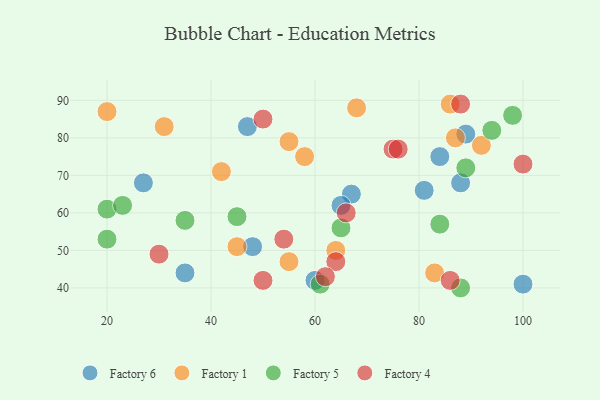
{"axis": {"x": "GDP", "y": "Life Expectancy"}, "legend": ["Factory 1", "Factory 4", "Factory 5", "Factory 6"], "data": [{"x": "67", "y": 65, "type": "Factory 6"}, {"x": "100", "y": 41, "type": "Factory 6"}, {"x": "81", "y": 66, "type": "Factory 6"}, {"x": "84", "y": 75, "type": "Factory 6"}, {"x": "88", "y": 68, "type": "Factory 6"}, {"x": "89", "y": 81, "type": "Factory 6"}, {"x": "47", "y": 83, "type": "Factory 6"}, {"x": "48", "y": 51, "type": "Factory 6"}, {"x": "60", "y": 42, "type": "Factory 6"}, {"x": "65", "y": 62, "type": "Factory 6"}, {"x": "27", "y": 68, "type": "Factory 6"}, {"x": "35", "y": 44, "type": "Factory 6"}, {"x": "58", "y": 75, "type": "Factory 1"}, {"x": "64", "y": 50, "type": "Factory 1"}, {"x": "31", "y": 83, "type": "Factory 1"}, {"x": "68", "y": 88, "type": "Factory 1"}, {"x": "87", "y": 80, "type": "Factory 1"}, {"x": "55", "y": 47, "type": "Factory 1"}, {"x": "45", "y": 51, "type": "Factory 1"}, {"x": "92", "y": 78, "type": "Factory 1"}, {"x": "55", "y": 79, "type": "Factory 1"}, {"x": "42", "y": 71, "type": "Factory 1"}, {"x": "86", "y": 89, "type": "Factory 1"}, {"x": "20", "y": 87, "type": "Factory 1"}, {"x": "83", "y": 44, "type": "Factory 1"}, {"x": "94", "y": 82, "type": "Factory 5"}, {"x": "61", "y": 41, "type": "Factory 5"}, {"x": "45", "y": 59, "type": "Factory 5"}, {"x": "88", "y": 40, "type": "Factory 5"}, {"x": "98", "y": 86, "type": "Factory 5"}, {"x": "20", "y": 61, "type": "Factory 5"}, {"x": "20", "y": 53, "type": "Factory 5"}, {"x": "23", "y": 62, "type": "Factory 5"}, {"x": "35", "y": 58, "type": "Factory 5"}, {"x": "65", "y": 56, "type": "Factory 5"}, {"x": "84", "y": 57, "type": "Factory 5"}, {"x": "89", "y": 72, "type": "Factory 5"}, {"x": "50", "y": 42, "type": "Factory 4"}, {"x": "50", "y": 85, "type": "Factory 4"}, {"x": "64", "y": 47, "type": "Factory 4"}, {"x": "54", "y": 53, "type": "Factory 4"}, {"x": "62", "y": 43, "type": "Factory 4"}, {"x": "66", "y": 60, "type": "Factory 4"}, {"x": "30", "y": 49, "type": "Factory 4"}, {"x": "88", "y": 89, "type": "Factory 4"}, {"x": "75", "y": 77, "type": "Factory 4"}, {"x": "100", "y": 73, "type": "Factory 4"}, {"x": "76", "y": 77, "type": "Factory 4"}, {"x": "86", "y": 42, "type": "Factory 4"}]}